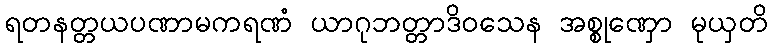
ရတနတ္တယပဏာမကရဏံ ယာဂုဘတ္တာဒိဝသေန အစ္စုဏှော မုယှတိ